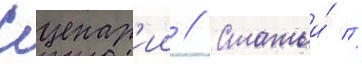
Сценар'ии // Статьи́ //